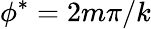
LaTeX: \phi^{*}=2m\pi/k